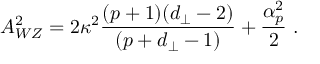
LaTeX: { \cal A } _ { W Z } ^ { 2 } = 2 \kappa ^ { 2 } \frac { ( p + 1 ) ( d _ { \perp } - 2 ) } { ( p + d _ { \perp } - 1 ) } + \frac { \alpha _ { p } ^ { 2 } } { 2 } \ .